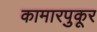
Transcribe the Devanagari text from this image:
कामारपुकूर